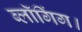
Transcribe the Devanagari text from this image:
ब्लॉगिंग।